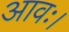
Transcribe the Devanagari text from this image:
आवः।